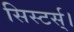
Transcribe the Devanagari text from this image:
सिस्टर्स्।